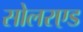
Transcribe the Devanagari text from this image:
सोलरएड